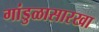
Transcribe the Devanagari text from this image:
गांडुळासारखा